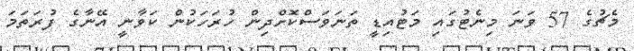
މެޗުގެ 57 ވަނަ މިނެޓުގައި މަޓުއިޑީ ތަނަވަސްކޮށްދިން ހުރަހަކުން ކަވާނީ އޭނާގެ ފުރަތަމަ